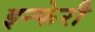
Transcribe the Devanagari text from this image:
इन्फेरी